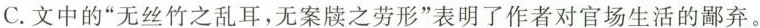
C.文中的”无丝竹之乱耳，无案牍之劳形”表明了作者对官场生活的鄙弃。